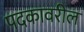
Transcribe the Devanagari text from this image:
पदकावरील